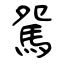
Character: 駌